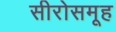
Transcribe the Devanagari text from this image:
सीरोसमूह